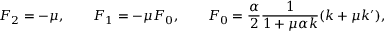
F _ { 2 } = - \mu , \qquad F _ { 1 } = - \mu F _ { 0 } , \qquad F _ { 0 } = \frac { \alpha } { 2 } \frac { 1 } { 1 + \mu \alpha k } ( k + \mu k ^ { \prime } ) ,